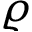
\varrho